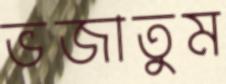
ভজাতুম